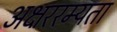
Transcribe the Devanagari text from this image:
अक्षररम्यता